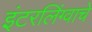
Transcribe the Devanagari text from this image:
इंटरलिंग्वाचे